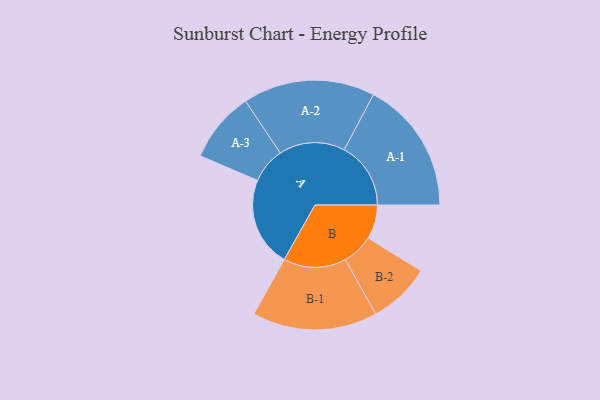
{"axis": {"x": "Segment", "y": "Value"}, "legend": ["", "A", "B"], "data": [{"x": "A", "y": 340, "type": ""}, {"x": "B", "y": 129, "type": ""}, {"x": "A-1", "y": 252, "type": "A"}, {"x": "A-2", "y": 250, "type": "A"}, {"x": "A-3", "y": 134, "type": "A"}, {"x": "B-1", "y": 237, "type": "B"}, {"x": "B-2", "y": 118, "type": "B"}]}